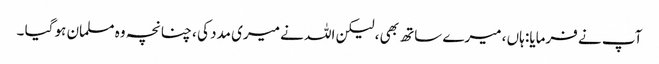
آپ نے فرمایا: ہاں ، میرے ساتھ بھی ، لیکن اللہ نے میری مدد کی ، چنانچہ وہ مسلمان ہو گیا ۔